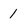
Character: 1